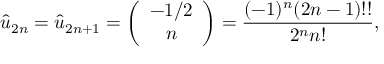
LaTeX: \hat { u } _ { 2 n } = \hat { u } _ { 2 n + 1 } = \left( \begin{array} { c } { { - 1 / 2 } } \\ { { n } } \end{array} \right) = { \frac { ( - 1 ) ^ { n } ( 2 n - 1 ) ! ! } { 2 ^ { n } n ! } } ,